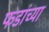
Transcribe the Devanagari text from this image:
फडांच्या